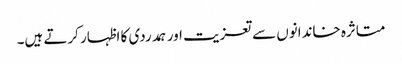
متاثرہ خاندانوں سےتعزیت اور ہمدردی کا اظہار کرتے ہیں۔